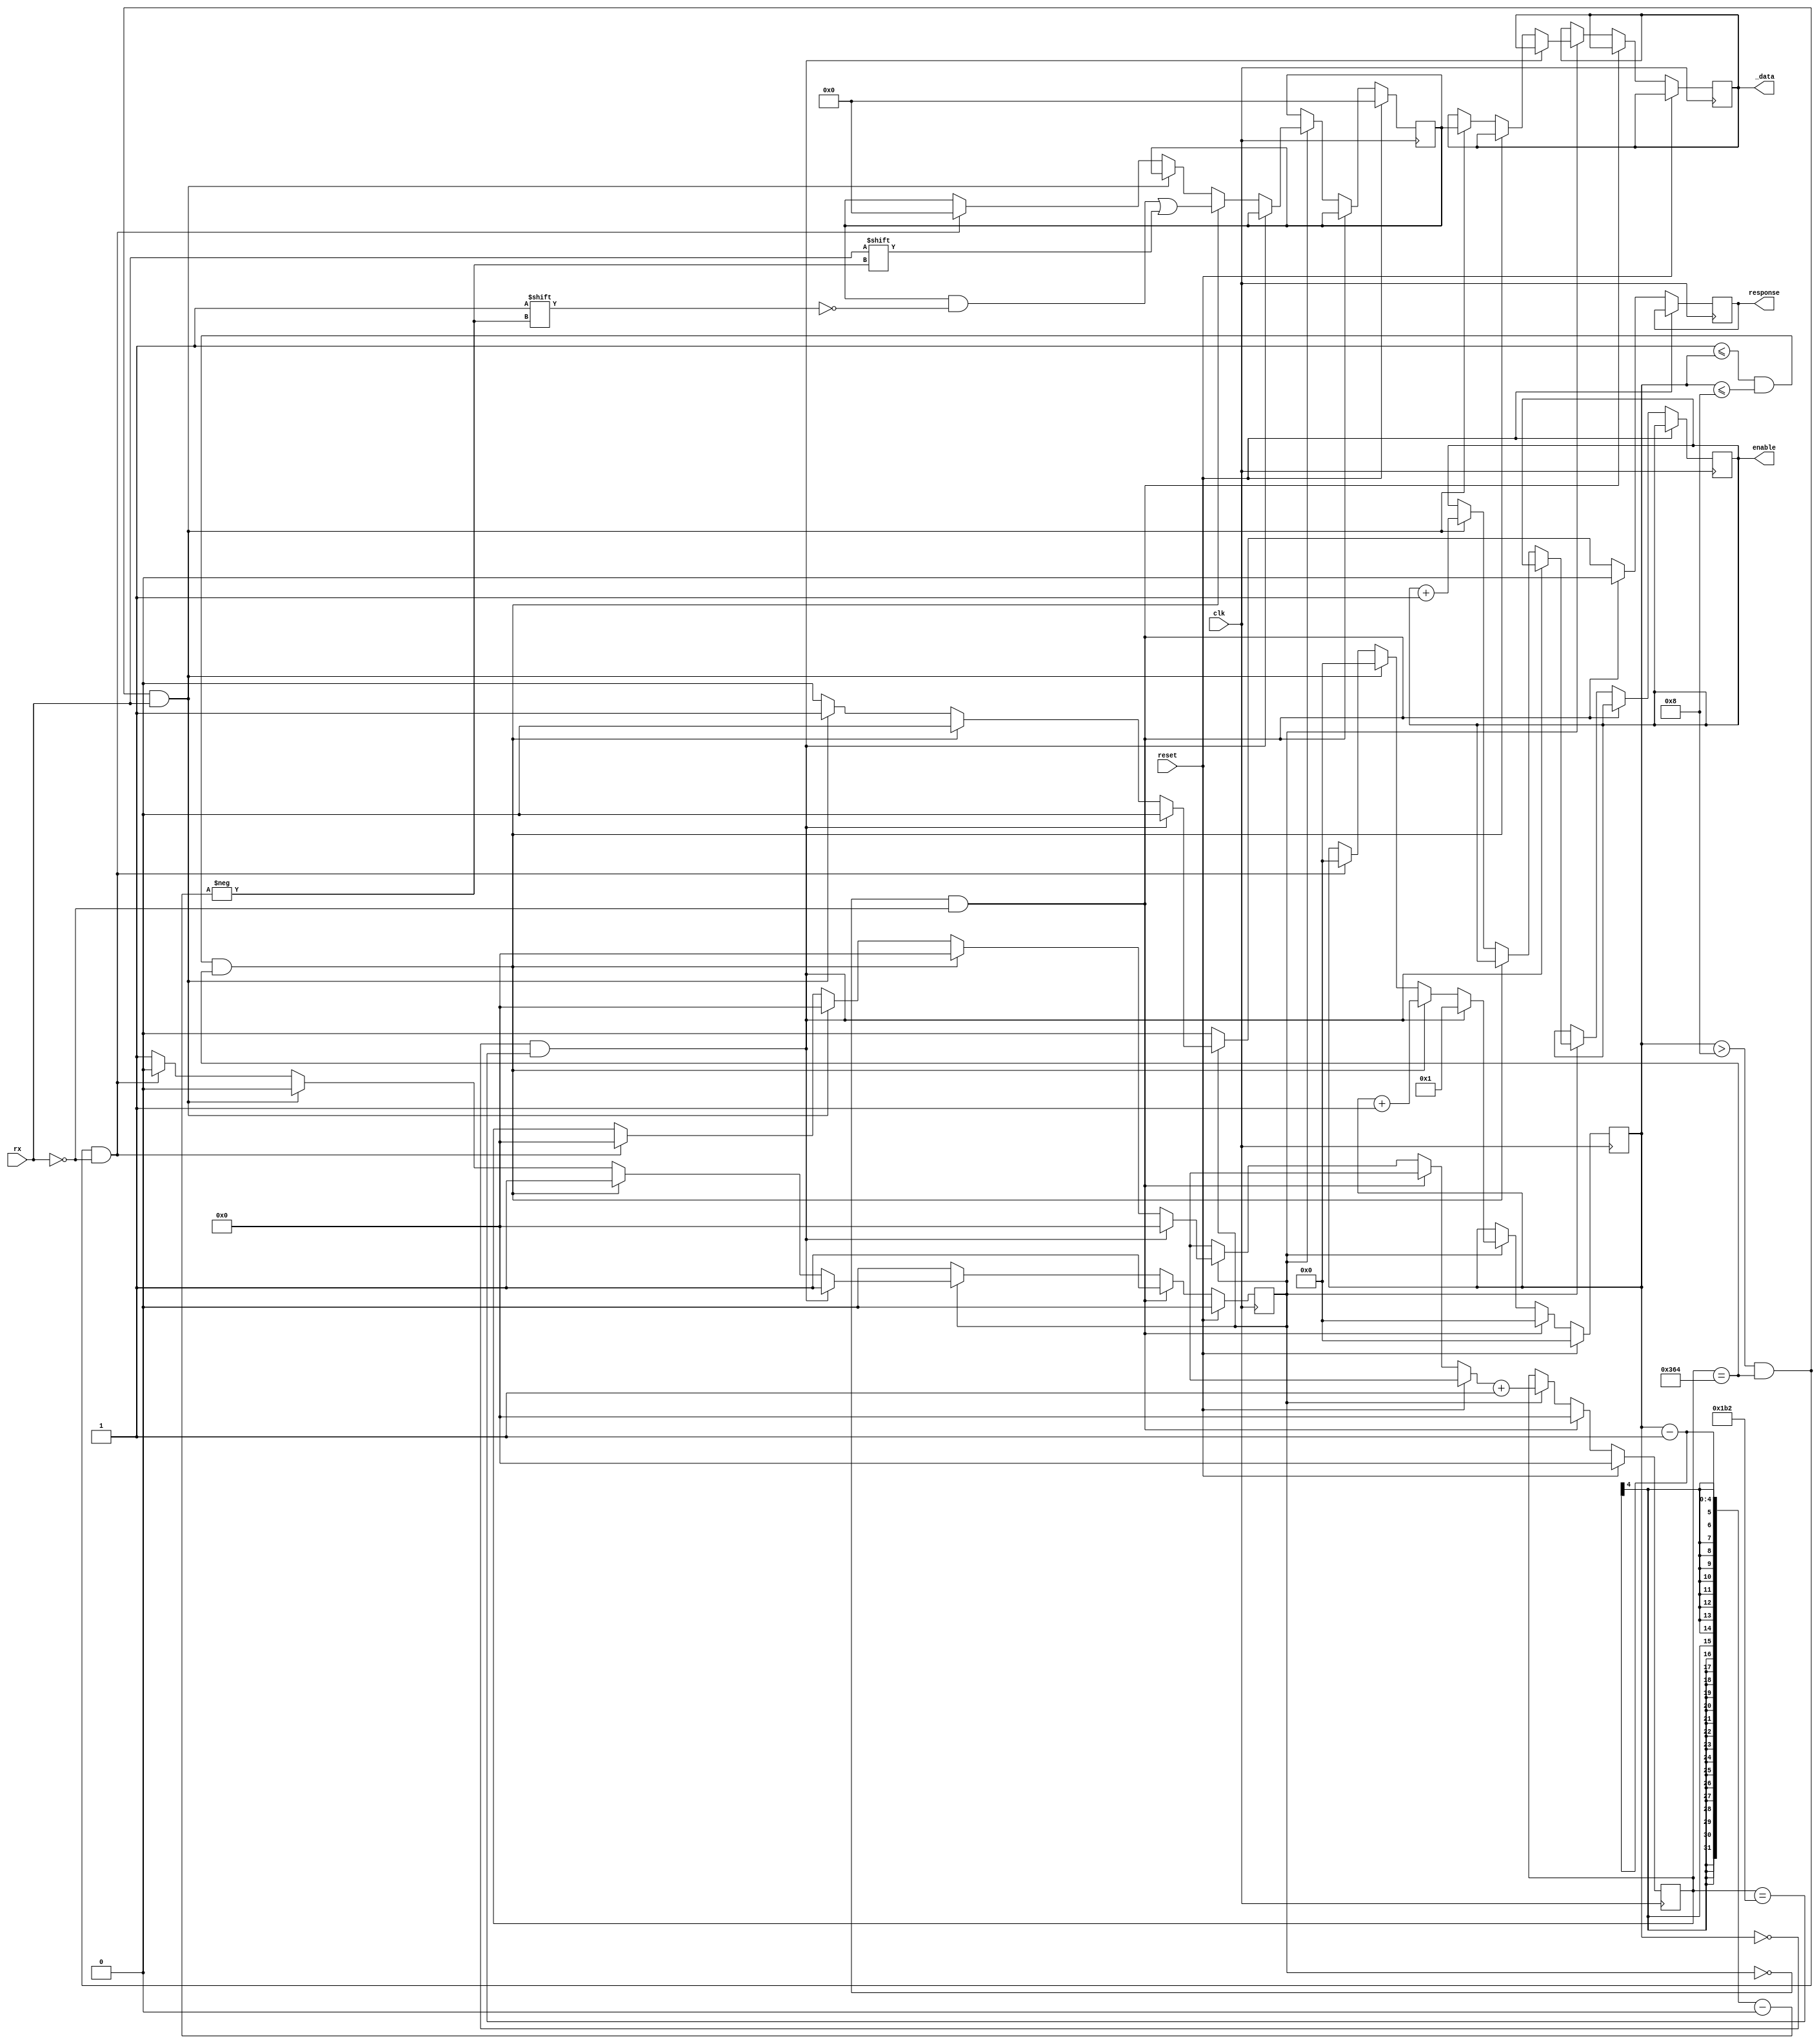
`ifndef __USART_RX_V__
`define __USART_RX_V__

module USART_Rx # (
	parameter CLK_FREQ = 100000000,
	parameter BAUD_RATE = 115200,
	parameter DATA_BITS = 8,
	parameter STOP_BITS = 1
	)   (
	input clk,
	input reset,
	input rx,
	output [DATA_BITS-1:0] _data,
	output enable,
	output reg response
	);

	localparam CLKS_FOR_SEND = CLK_FREQ / BAUD_RATE;
	localparam CLKS_FOR_RECV = CLKS_FOR_SEND / 2;

	reg [DATA_BITS-1:0] data;
	reg [DATA_BITS-1:0] rx_data;
	reg [$clog2(DATA_BITS):0] rx_bit_count;
	reg [$clog2(CLKS_FOR_SEND)-1:0] rx_clk_count;
	reg rx_state;
	reg rx_en;

	initial
	begin
		data <= 0;
		rx_data <= 0;
		rx_bit_count <= 0;
		rx_clk_count <= 0;
		rx_state <= 0;
		rx_en <= 0;
		response <= 0;
	end

	always @ (posedge clk)
	begin
		if (reset)
		begin
			rx_data = 0;
			rx_bit_count = 0;
			rx_clk_count = 0;
			rx_state = 0;
		end
		else
		begin
			response = 0;
			if (rx_state == 0 && rx == 0)
			begin
				rx_state = 1;
				rx_bit_count = 0;
				rx_clk_count = 0;
			end
			else if (rx_state == 1)
			begin
				if(rx_bit_count == 0 && rx_clk_count == CLKS_FOR_RECV)
				begin
					rx_bit_count = 1;
					rx_clk_count = 0;
				end
				else if(1 <= rx_bit_count && rx_bit_count <= DATA_BITS && rx_clk_count == CLKS_FOR_SEND)
				begin
					rx_data[rx_bit_count-1] = rx;
					rx_bit_count = rx_bit_count + 1;
					rx_clk_count = 0;
				end
				else if(rx_bit_count > DATA_BITS && rx_clk_count == CLKS_FOR_SEND && rx == 1)
				begin
					rx_state = 0;
					rx_clk_count = 0;
					rx_bit_count = 0;
					rx_en = rx_en + 1;
					data = rx_data;
					response = 1;
				end
				else if(rx_bit_count > DATA_BITS && rx_clk_count == CLKS_FOR_SEND && rx != 1)
				begin
					rx_state = 0;
					rx_clk_count = 0;
					rx_bit_count = 0;
					rx_data = 0;
				end
				rx_clk_count = rx_clk_count + 1;
			end
		end
	end

	assign enable = rx_en;
	assign _data = data;

endmodule

`endif /*__USART_RX_V__*/